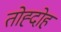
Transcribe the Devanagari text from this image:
तोह्दोह